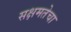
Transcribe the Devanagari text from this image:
सक्षमतेचा